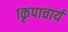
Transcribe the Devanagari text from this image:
१कृपाचार्य